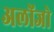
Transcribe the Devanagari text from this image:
अलोंजो